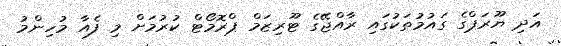
އަދި ޔޫރަޕްގެ ގައުމުތަކުގައި ރާއްޖޭގެ ޓޫރިޒަމް ޕްރޮމޯޓް ކުރުމަށް މި ފެއާ މުހިންމު